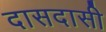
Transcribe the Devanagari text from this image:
दासदासी